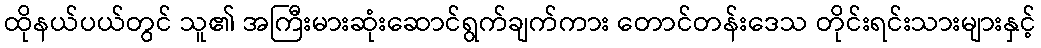
ထိုနယ်ပယ်တွင် သူ၏ အကြီးမားဆုံးဆောင်ရွက်ချက်ကား တောင်တန်းဒေသ တိုင်းရင်းသားများနှင့်